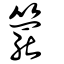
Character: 𥶓